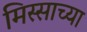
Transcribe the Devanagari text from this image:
मिस्साच्या